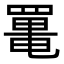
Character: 𦋸